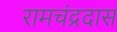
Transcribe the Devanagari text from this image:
रामचंद्रदास